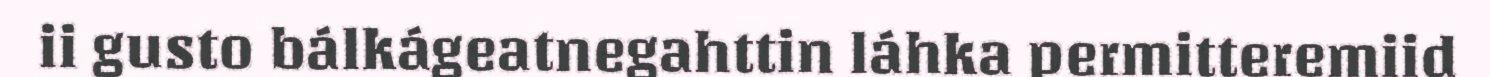
ii gusto bálkágeatnegahttin láhka permitteremiid